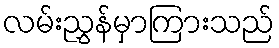
လမ်းညွှန်မှာကြားသည်